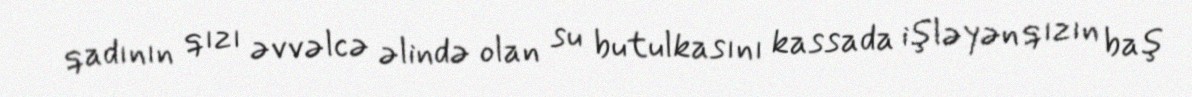
qadının qızı əvvəlcə əlində olan su butulkasını kassada işləyən qızın baş